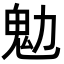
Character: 𩱹